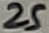
Text: 25